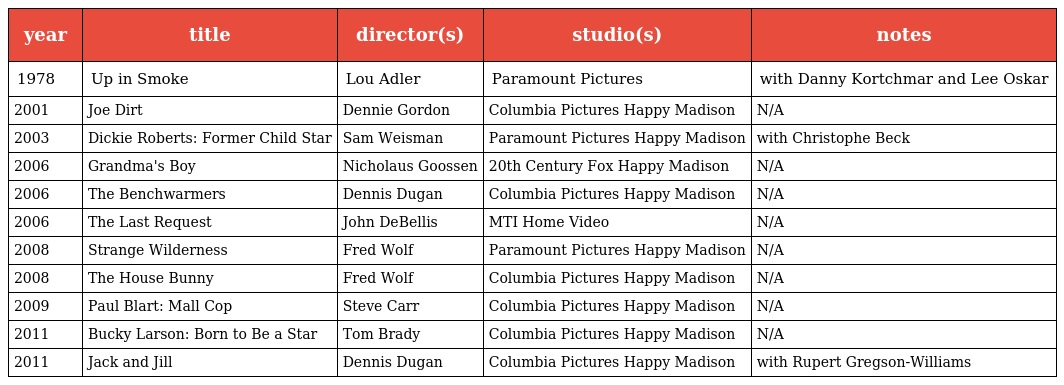
| year | title | director(s) | studio(s) | notes |
 | --- | --- | --- | --- | --- |
 | 1978 | Up in Smoke | Lou Adler | Paramount Pictures | with Danny Kortchmar and Lee Oskar |
 | 2001 | Joe Dirt | Dennie Gordon | Columbia Pictures Happy Madison | N/A |
 | 2003 | Dickie Roberts: Former Child Star | Sam Weisman | Paramount Pictures Happy Madison | with Christophe Beck |
 | 2006 | Grandma's Boy | Nicholaus Goossen | 20th Century Fox Happy Madison | N/A |
 | 2006 | The Benchwarmers | Dennis Dugan | Columbia Pictures Happy Madison | N/A |
 | 2006 | The Last Request | John DeBellis | MTI Home Video | N/A |
 | 2008 | Strange Wilderness | Fred Wolf | Paramount Pictures Happy Madison | N/A |
 | 2008 | The House Bunny | Fred Wolf | Columbia Pictures Happy Madison | N/A |
 | 2009 | Paul Blart: Mall Cop | Steve Carr | Columbia Pictures Happy Madison | N/A |
 | 2011 | Bucky Larson: Born to Be a Star | Tom Brady | Columbia Pictures Happy Madison | N/A |
 | 2011 | Jack and Jill | Dennis Dugan | Columbia Pictures Happy Madison | with Rupert Gregson-Williams |